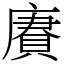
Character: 賡